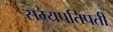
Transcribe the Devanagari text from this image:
सम्यपतिपती